Indian journal of veterinary science and animal husbandry - Volumes 18-21, 1948-1951
Year: 1948
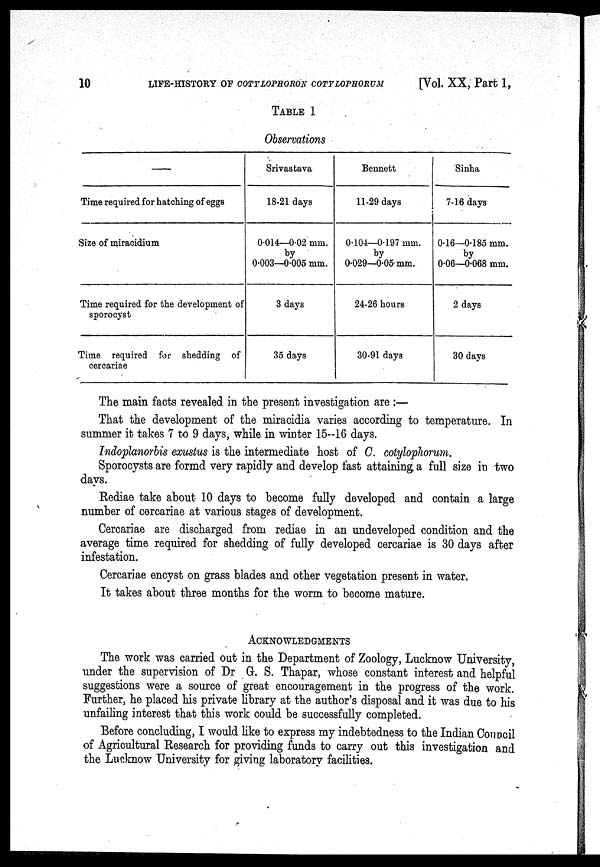
10
LIFE-HISTORY OF COTYLOPHORON COTYLOPHORUM
[Vol. XX, Part 1,
TABLE 1
Observations
—
Time required for hatching of eggs
Size of miracidium
Time required for the development of
sporocyst
Time required for shedding of
cercariae
Srivastava
18-21 days
0.014—0.02 mm.
by
0.003—0.005 mm.
3 days
35 days
Bennett
11-29 days
0.104—0.197 mm.
by
0.029—0.05 mm.
24-26 hours
30-91 days
Sinha
7-16 days
0.16—0.185 mm.
by
0.06—0.068 mm.
2 days
30 days
The main facts revealed in the present investigation are :—
That the development of the miracidia varies according to temperature. In
summer it takes 7 to 9 days, while in winter 15—16 days.
Indoplanorbis exustus is the intermediate host of C. cotylophorum.
Sporocysts are formd very rapidly and develop fast attaining a full size in two
days.
Rediae take about 10 days to become fully developed and contain a large
number of cercariae at various stages of development.
Cercariae are discharged from rediae in an undeveloped condition and the
average time required for shedding of fully developed cercariae is 30 days after
infestation.
Cercariae encyst on grass blades and other vegetation present in water.
It takes about three months for the worm to become mature.
ACKNOWLEDGMENTS
The work was carried out in the Department of Zoology, Lucknow University,
under the supervision of Dr G. S. Thapar, whose constant interest and helpful
suggestions were a source of great encouragement in the progress of the work.
Further, he placed his private library at the author's disposal and it was due to his
unfailing interest that this work could be successfully completed.
Before concluding, I would like to express my indebtedness to the Indian Council
of Agricultural Research for providing funds to carry out this investigation and
the Lucknow University for giving laboratory facilities.